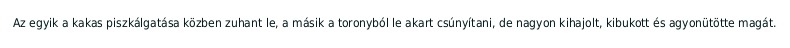
Az egyik a kakas piszkálgatása közben zuhant le, a másik a toronyból le akart csúnyítani, de nagyon kihajolt, kibukott és agyonütötte magát.